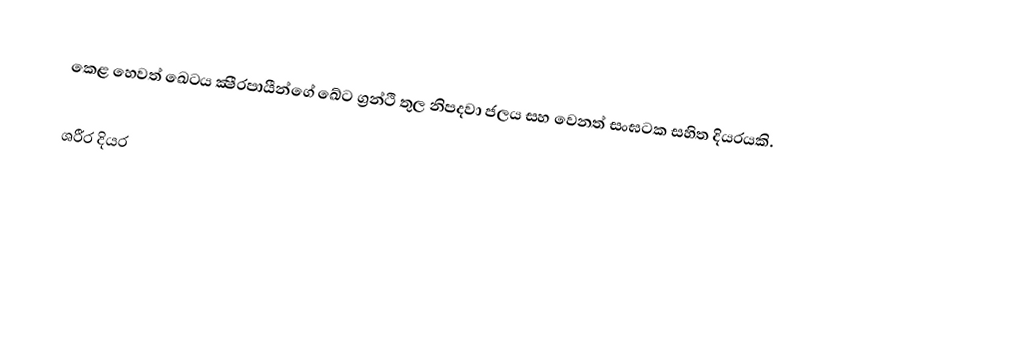
කෙළ හෙවත් ඛෙටය ක්‍ෂීරපායීන්ගේ ඛේට ග්‍රන්ථි තුල නිපදවා ජලය සහ වෙනත් සංඝටක සහිත දියරයකි.

ශරීර දියර